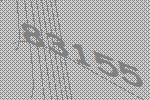
83155